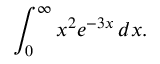
\int _ { 0 } ^ { \infty } x ^ { 2 } e ^ { - 3 x } \, d x .